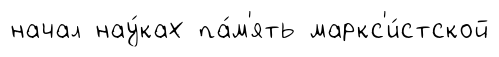
начал нау́ках па́м'ять маркс'и́стской